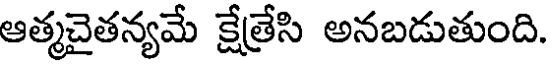
ఆత్మచైతన్యమే క్షేత్రేసి అనబడుతుంది.